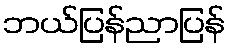
ဘယ်ပြန်ညာပြန်